Report of an investigation into the causes of the diseases known in Assam as Kála-Azár and Beri-Beri
Disease focus: Beri-Beri
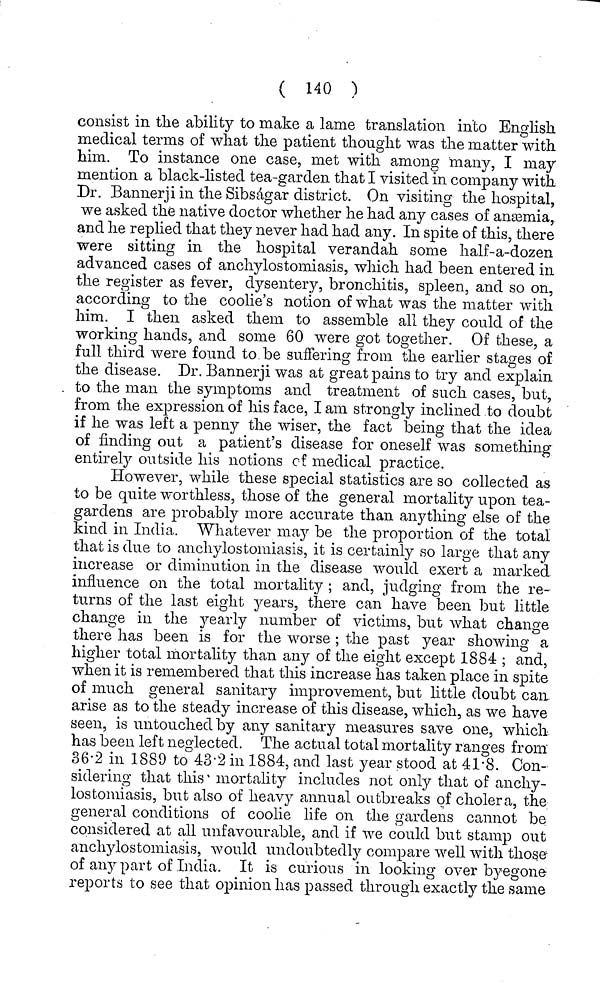
( 140 )
consist in the ability to make a lame translation into English
medical terms of what the patient thought was the matter with
him. To instance one case, met with among many, I may
mention a black-listed tea-garden that I visited in company with
Dr. Bannerji in the Sibsagar district. On visiting the hospital,
we asked the native doctor whether he had any cases of anemia,
and he replied that they never had had any. In spite of this, there
were sitting in the hospital verandah some half-a-dozen
advanced cases of anchylostomiasis, which had been entered in
the register as fever, dysentery, bronchitis, spleen, and so on,
according to the coolie's notion of what was the matter with
him. I then asked them to assemble all they could of the
working hands, and some 60 were got together. Of these, a
full third were found to be suffering from the earlier stages of
the disease. Dr. Bannerji was at great pains to try and explain
to the man the symptoms and treatment of such cases, but,
from the expression of his face, I am strongly inclined .to doubt
if he was left a penny the wiser, the fact being that the idea
of finding out a patient's disease for oneself was something
entirely outside his notions of medical practice.
However, while these special statistics are so collected as
to be quite worthless, those of the general mortality upon tea-
gardens are probably more accurate than anything else of the
kind in India. Whatever may be the proportion of the total
that is due to anchylostomiasis, it is certainly so large that any
increase or diminution in the disease would exert a marked
influence on the total mortality ; and, judging from the re-
turns of the last eight years, there can have been but little
change in the yearly number of victims, but what change
there has been is for the worse; the past year showing a
higher total mortality than any of the eight except 1884 ; and,
when it is remembered that this increase has taken place in spite
of much general sanitary improvement, but little doubt can
arise as to the steady increase of this disease, which, as we have
seen, is untouched by any sanitary measures save one, which
has been left neglected. The actual total mortality ranges from
36-2 in 1889 to" 43-2 in 1884, and last year stood at 41'8. Con-
sidering that this' mortality includes not only that of anchy-
lostomiasis, but also of heavy annual outbreaks of cholera, the
general conditions of coolie life on the gardens cannot be
considered at all unfavourable, and if we could but stamp out
anchylostomiasis, would midoubtedty compare well with those
of any part of India. It is curious in looking over byegone
reports to see that opinion has passed through exactly the same